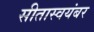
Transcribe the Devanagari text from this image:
सीतास्वयंबर